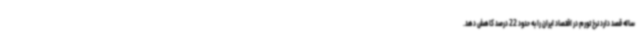
ساله قصد دارد نرخ تورم در اقتصاد ایران را به حدود 22 درصد کاهش دهد.